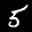
Label: 5